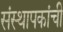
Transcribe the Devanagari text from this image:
संस्थापकांची